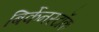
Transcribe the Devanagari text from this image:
बिर्केनस्टॉक